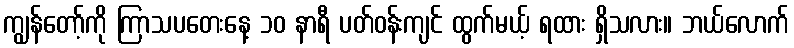
ကျွန်တော့်ကို ကြာသပတေးနေ့ ၁၀ နာရီ ပတ်ဝန်းကျင် ထွက်မယ့် ရထား ရှိသလား။ ဘယ်လောက်